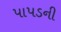
પાપડની